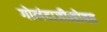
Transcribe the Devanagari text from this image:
गोलंदाजीसोबत